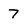
Character: 7